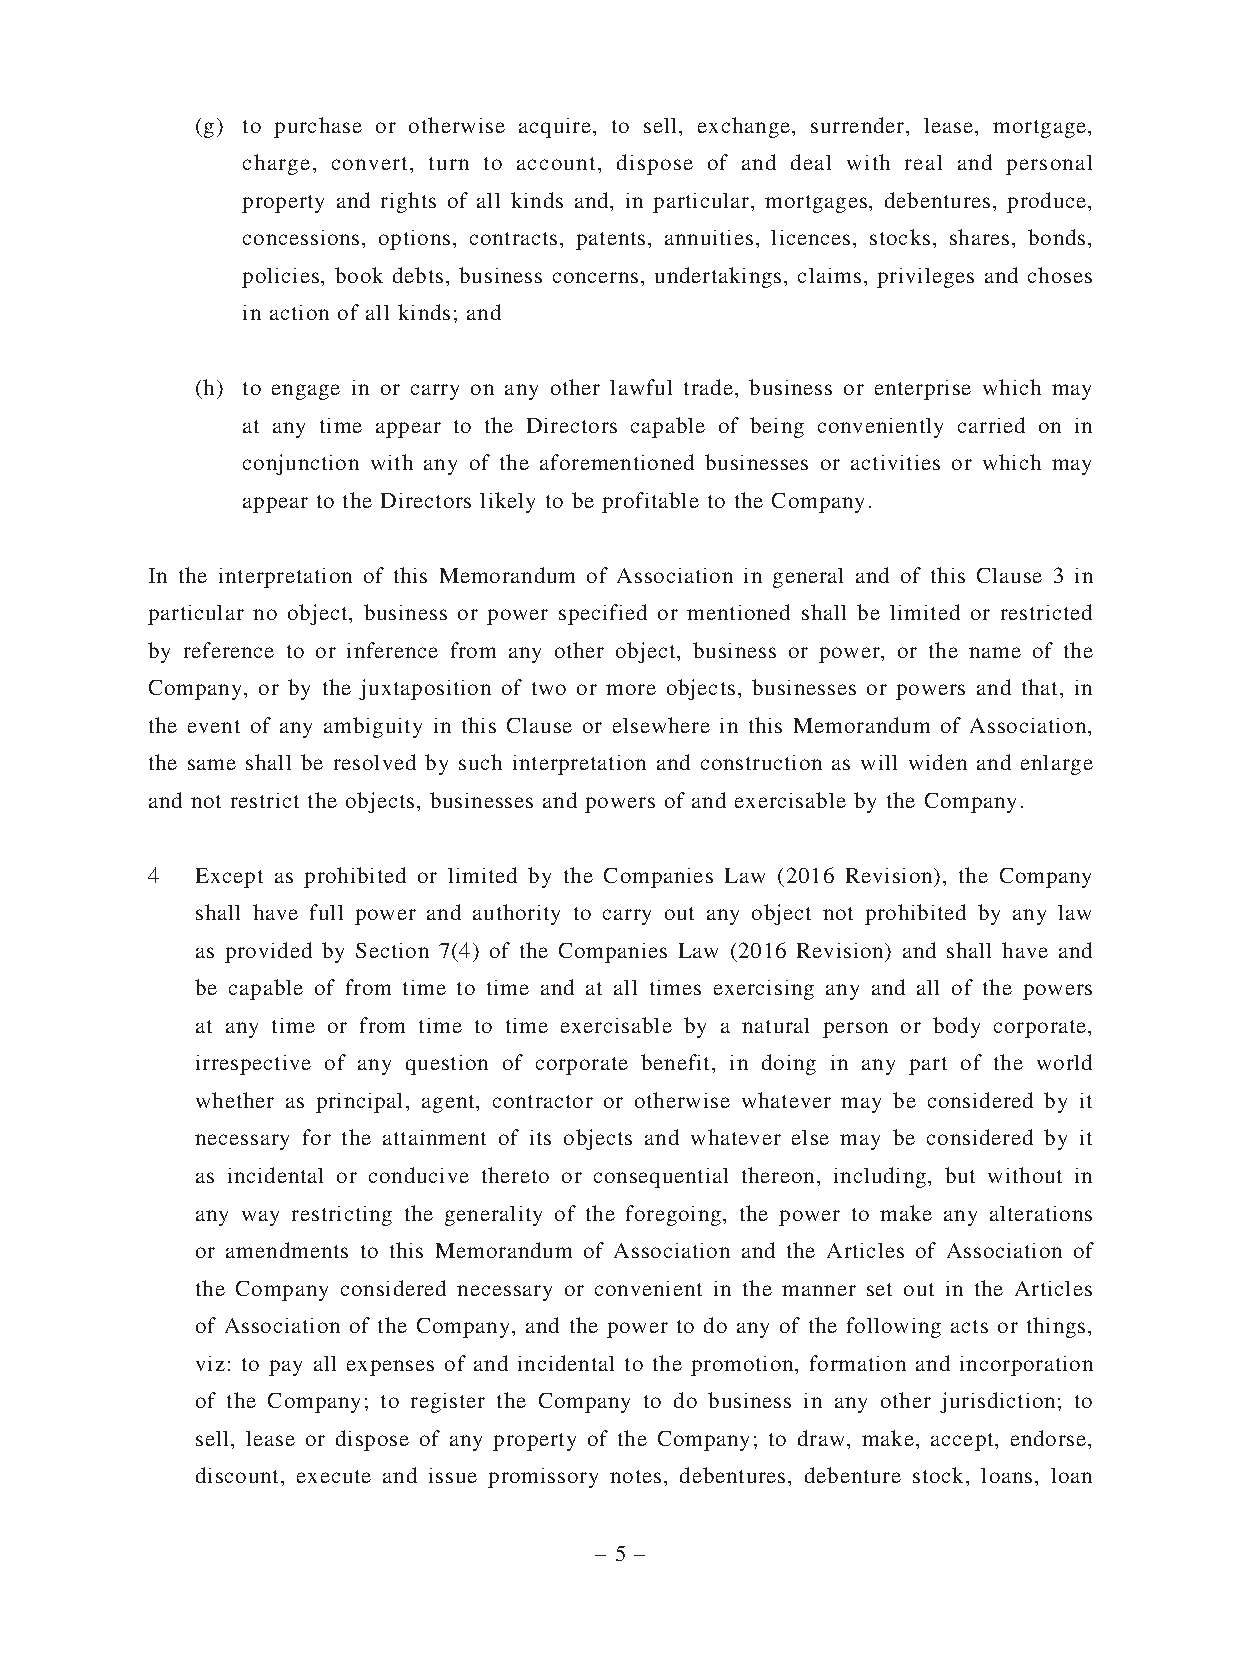
(g) to purchase or otherwise acquire, to sell, exchange, surrender, lease, mortgage,
 charge, convert, turn to account, dispose of and deal with real and personal
 property and rights of all kinds and, in particular, mortgages, debentures, produce,
 concessions, options, contracts, patents, annuities, licences, stocks, shares, bonds,
 policies, book debts, business concerns, undertakings, claims, privileges and choses
 in action of all kinds; and
 (h) to engage in or carry on any other lawful trade, business or enterprise which may
 at any time appear to the Directors capable of being conveniently carried on in
 conjunction with any of the aforementioned businesses or activities or which may
 appear to the Directors likely to be profitable to the Company.
 In the interpretation of this Memorandum of Association in general and of this Clause 3 in
 particular no object, business or power specified or mentioned shall be limited or restricted
 by reference to or inference from any other object, business or power, or the name of the
 Company, or by the juxtaposition of two or more objects, businesses or powers and that, in
 the event of any ambiguity in this Clause or elsewhere in this Memorandum of Association,
 the same shall be resolved by such interpretation and construction as will widen and enlarge
 and not restrict the objects, businesses and powers of and exercisable by the Company.
 4  Except as prohibited or limited by the Companies Law (2016 Revision), the Company
 shall have full power and authority to carry out any object not prohibited by any law
 as provided by Section 7(4) of the Companies Law (2016 Revision) and shall have and
 be capable of from time to time and at all times exercising any and all of the powers
 at any time or from time to time exercisable by a natural person or body corporate,
 irrespective of any question of corporate benefit, in doing in any part of the world
 whether as principal, agent, contractor or otherwise whatever may be considered by it
 necessary for the attainment of its objects and whatever else may be considered by it
 as incidental or conducive thereto or consequential thereon, including, but without in
 any way restricting the generality of the foregoing, the power to make any alterations
 or amendments to this Memorandum of Association and the Articles of Association of
 the Company considered necessary or convenient in the manner set out in the Articles
 of Association of the Company, and the power to do any of the following acts or things,
 viz: to pay all expenses of and incidental to the promotion, formation and incorporation
 of the Company; to register the Company to do business in any other jurisdiction; to
 sell, lease or dispose of any property of the Company; to draw, make, accept, endorse,
 discount, execute and issue promissory notes, debentures, debenture stock, loans, loan
 – 5 –